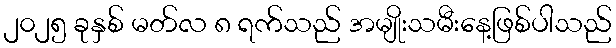
၂၀၂၅ ခုနှစ် မတ်လ ၈ ရက်သည် အမျိုးသမီးနေ့ဖြစ်ပါသည်